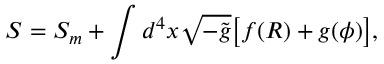
S = S _ { m } + \int d ^ { 4 } x \sqrt { - \tilde { g } } \big [ f ( R ) + g ( \phi ) \big ] ,